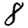
Digit: 8